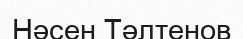
Нәсен Тәлтенов